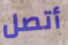
أتصل